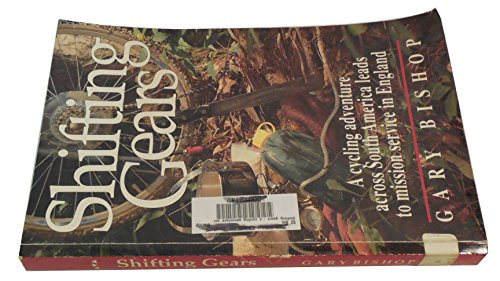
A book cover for Shifting Gears: A Cycling Adventure Across South America Leads to Mission Service in England; Gary Bishop; Travel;